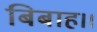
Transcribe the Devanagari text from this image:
बिबाह।।